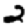
Digit: 2